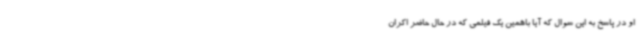
او در پاسخ به این سوال که آیا باهمین یک فیلمی که در حال حاضر اکران